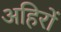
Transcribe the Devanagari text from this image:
अहिरों